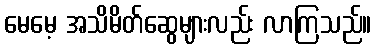
မေမေ့ အသိမိတ်ဆွေများလည်း လာကြသည်။